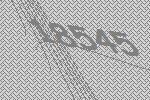
18545